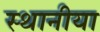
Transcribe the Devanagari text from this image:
स्थानीया